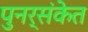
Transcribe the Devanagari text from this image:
पुनर्संकेत